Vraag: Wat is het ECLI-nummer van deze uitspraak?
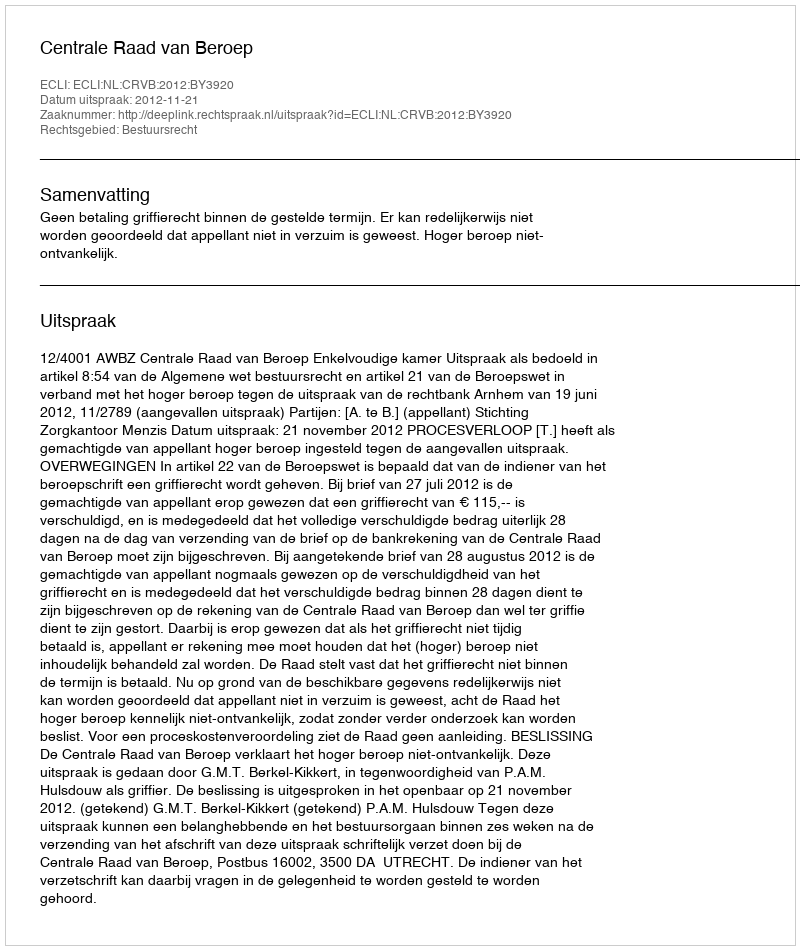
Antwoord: ECLI:NL:CRVB:2012:BY3920